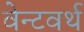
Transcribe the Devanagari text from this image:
वेन्टवर्थ